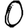
Digit: 0